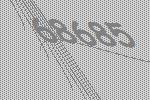
68685